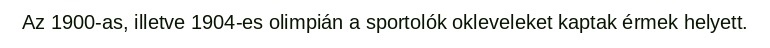
Az 1900-as, illetve 1904-es olimpián a sportolók okleveleket kaptak érmek helyett.